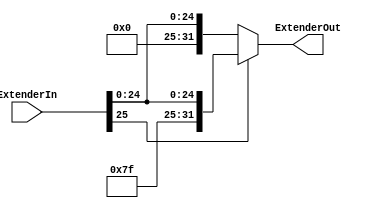
module Extender_26_to_32 (ExtenderIn, ExtenderOut);

	input [25:0] ExtenderIn;
	output reg [31:0] ExtenderOut;
	
	always @ (*)
		begin
			if (ExtenderIn[25])
				ExtenderOut <= {6'b111111, ExtenderIn};
			else
				ExtenderOut <= {6'b0, ExtenderIn};
		end

endmodule